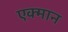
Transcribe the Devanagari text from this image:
एक्मान